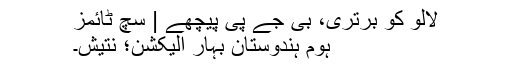
لالو کو برتری، بی جے پی پیچھے | سچ ٹائمز
ہوم ہندوستان بہار الیکشن؛ نتیش۔